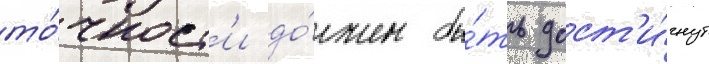
то́чност'и до́лжен бы́ть дост'и́гнут